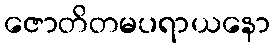
ဇောတိတမပရာယနော